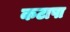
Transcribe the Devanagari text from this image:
कटापा